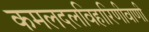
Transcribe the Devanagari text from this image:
कमलदलविहारिणीवाणी